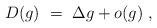
LaTeX: \begin{align*} D(g) \ = \ \Delta g + o(g) \ ,\end{align*}